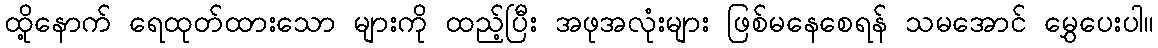
ထို့နောက် ရေထုတ်ထားသော များကို ထည့်ပြီး အဖုအလုံးများ ဖြစ်မနေစေရန် သမအောင် မွှေပေးပါ။